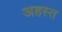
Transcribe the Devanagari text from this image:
अहस्त